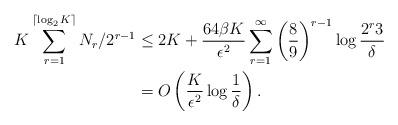
LaTeX: \begin{align*}K \sum_{r=1}^{\lceil \log_2 K \rceil} N_r/2^{r-1}&\le 2 K + \frac{64 \beta K}{\epsilon^2}\sum_{r=1}^\infty \left(\frac{8}{9}\right)^{r-1} \log \frac{ 2^r 3}{\delta} \\&= O \left(\frac{K}{\epsilon^2} \log \frac{1}{\delta} \right). \end{align*}